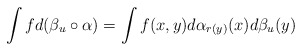
\begin{gather*}\int f d(\beta_u\circ\alpha)=\int f(x,y)d\alpha_{r(y)}(x) d\beta_u(y)\end{gather*}